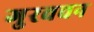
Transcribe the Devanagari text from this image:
गुरवचन